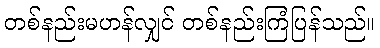
တစ်နည်းမဟန်လျှင် တစ်နည်းကြံပြန်သည်။